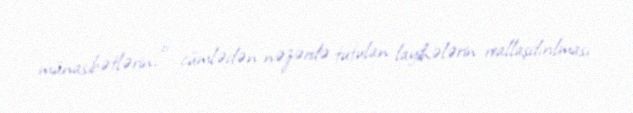
münasibətlərin, o cümlədən nəzərdə tutulan layihələrin reallaşdırılması